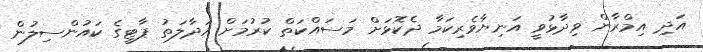
އަދި އިމްރާން ވިދާޅުވީ އަނިޔާވެރިކަމާ ދެކޮޅަށް މަސައްކަތް ކުރުމަށް އަދާލަތު ޕާޓީގެ ކައުންސިލުން